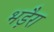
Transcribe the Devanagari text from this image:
भड़ैरा